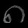
Digit: ၈